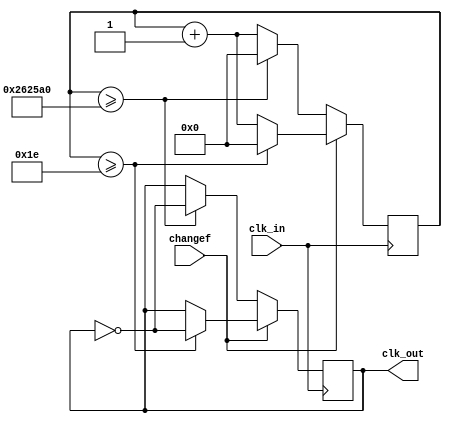
//==================================================================================================
//  Revision      : 
//
//  Description   : 
//
//
//==================================================================================================
module DIVIDER(clk_in,changef, clk_out);//choose

input clk_in;//system clock, reset button
input changef;
output reg clk_out;
reg [31:0] cnt;//counter

initial
	begin
		clk_out = 0;
		cnt  = 0;
	end

always @(posedge clk_in) begin
			if(changef) begin
				if (cnt>=30)//actually 5000000 times
					begin
						clk_out <= ~clk_out;
						cnt <= 0;
					end
				else
					begin
						cnt <= cnt+1;
					end
			end
			else begin
				if (cnt>=2500000)//2500000
					begin
						clk_out <= ~clk_out;
						cnt <= 0;
					end
				else
					begin
						cnt <= cnt+1;
					end
			end
end
endmodule